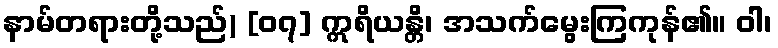
နာမ်တရားတို့သည်) [၀၇] ဣရိယန္တိ၊ အသက်မွေးကြကုန်၏။ ဝါ၊